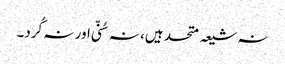
نہ شیعہ متحد ہیں، نہ سُنّی اور نہ کُرد۔